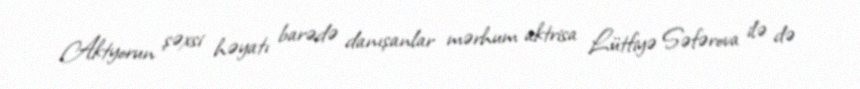
Aktyorun şəxsi həyatı barədə danışanlar mərhum aktrisa Lütfiyə Səfərova ilə də